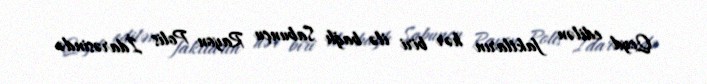
Qeyd edilən faktların hər biri ilə bağlı Sabunçu Rayon Polis İdarəsində